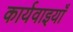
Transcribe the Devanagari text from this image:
कार्यवाइयाँ